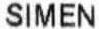
SIMEN